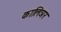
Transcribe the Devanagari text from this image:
कालिञर